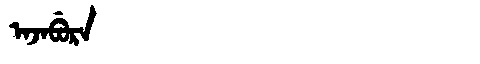
Manchu: ᠠᠵᠠᠪᡠᡵᠠ
Romanization: AJABURA